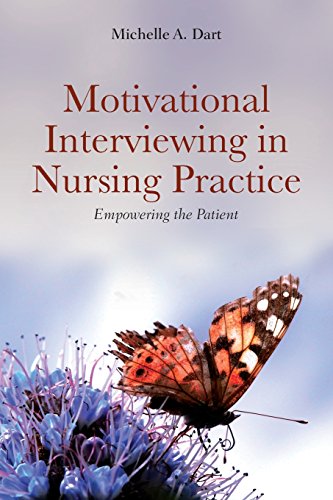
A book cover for Motivational Interviewing In Nursing Practice: Empowering The Patient; Michelle A. Dart; Medical Books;